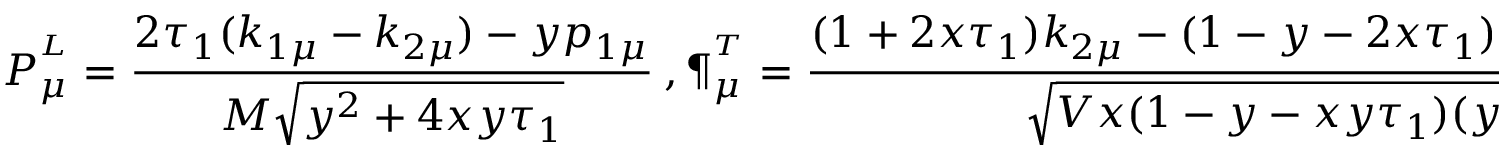
P _ { \mu } ^ { ^ L } = \frac { 2 \tau _ { 1 } ( k _ { 1 \mu } - k _ { 2 \mu } ) - y p _ { 1 \mu } } { M \sqrt { y ^ { 2 } + 4 x y \tau _ { 1 } } } \ , \P _ { \mu } ^ { ^ T } = \frac { ( 1 + 2 x \tau _ { 1 } ) k _ { 2 \mu } - ( 1 - y - 2 x \tau _ { 1 } ) k _ { 1 \mu } - x ( 2 - y ) p _ { 1 \mu } } { \sqrt { V x ( 1 - y - x y \tau _ { 1 } ) ( y + 4 x \tau _ { 1 } ) } } \ .